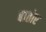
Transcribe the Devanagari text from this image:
बातोर